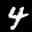
Label: 4